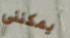
يمكنني